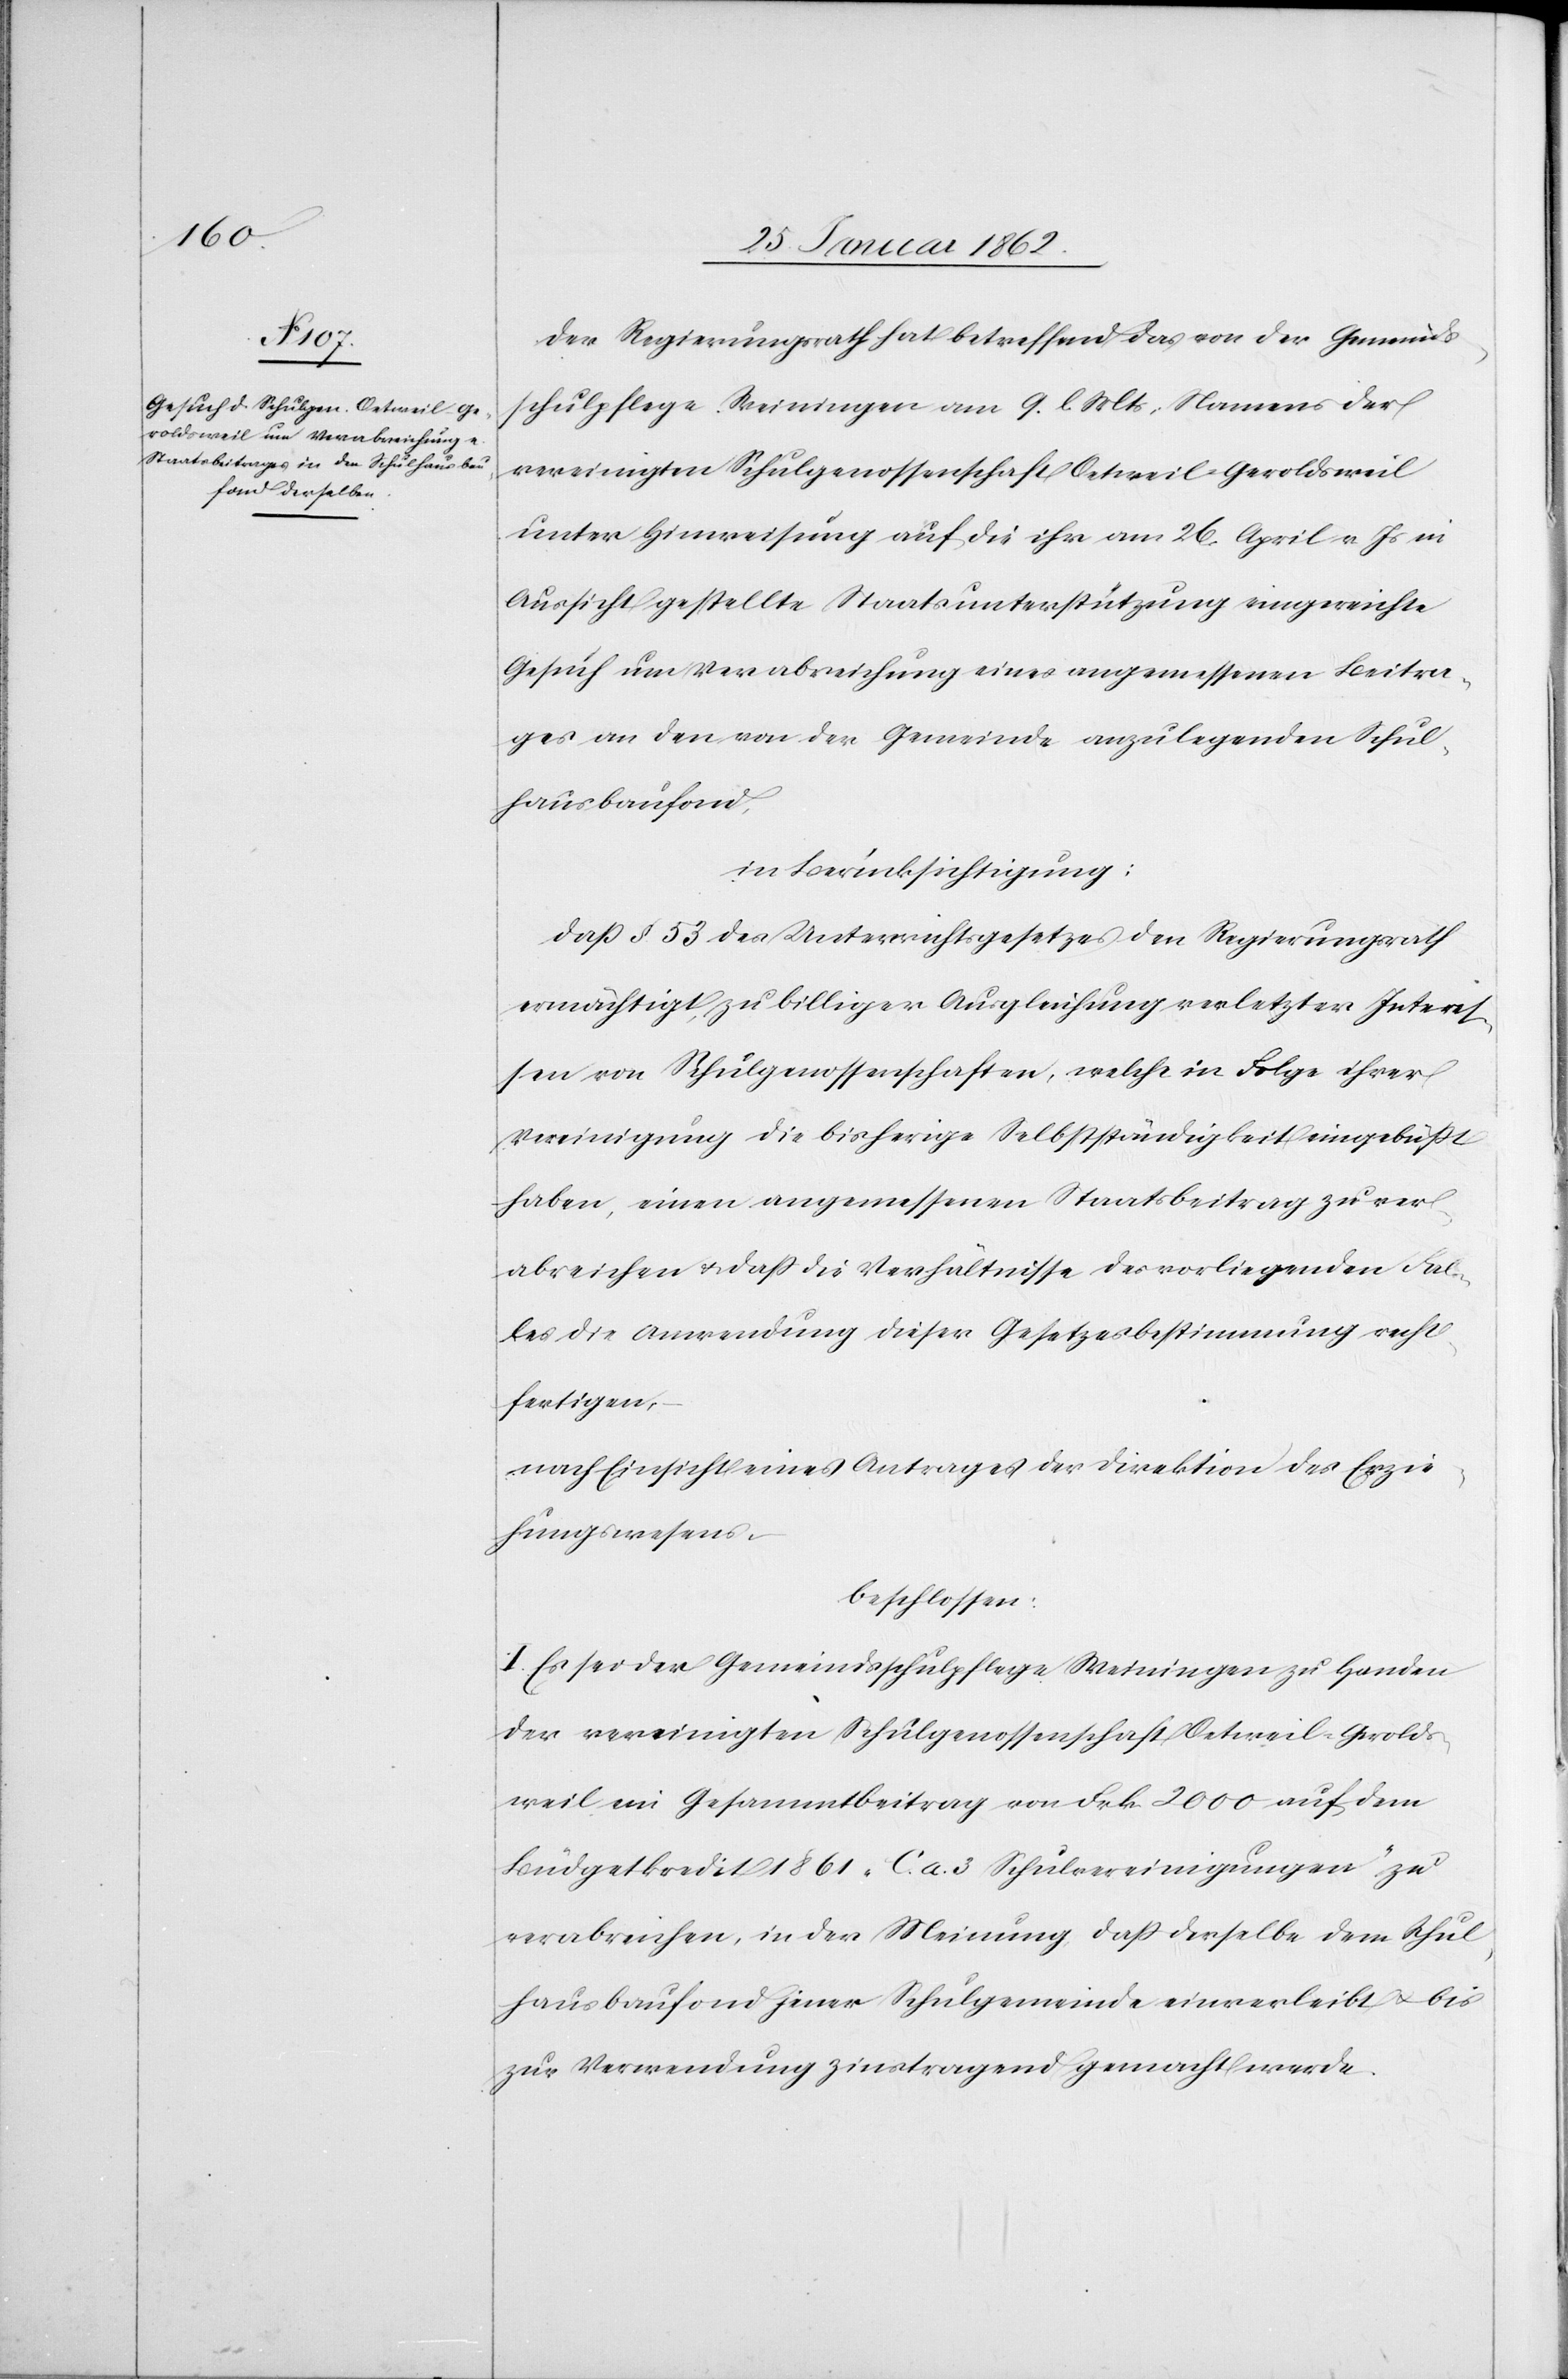
Der Regierungsrath hat betreffend das von der Gemeinds¬
schulpflege Weiningen am 9. l. Mts. Namens der
vereinigten Schulgenossenschaft Oetweil-Geroldsweil
unter Hinweisung auf die ihr am 26. April v Js in
Aussicht gestellte Staatsunterstützung eingereichte
Gesuch um Verabreichung eines angemessenen Beitra¬
ges an den von der Gemeinde anzulegenden Schul¬
hausbaufond,
in Berücksichtigung:
daß § 53 des Unterrichtsgesetzes den Regierungsrath
ermächtigt, zu billiger Ausgleichung verletzter Intere¬
ßen von Schulgenossenschaften, welche in Folge ihrer
Vereinigung die bisherige Selbstständigkeit eingebüßt
haben, einen angemessenen Staatsbeitrag zu ver¬
abreichen u. daß die Verhältnisse des vorliegenden Fal¬
les die Anwendung dieser Gesetzesbestimmung recht¬
fertigen,
nach Einsicht eines Antrages der Direktion des Erzie¬
hungswesens,
beschlossen:
I. Es sei der Gemeindsschulpflege Weiningen zu Handen
der vereinigten Schulgenossenschaft Oetweil-Gerolds¬
weil ein Gesammtbeitrag von Frk. 2000 auf dem
Büdgetkredit 1861 „C. a. 3 Schulvereinigungen“ zu
verabreichen, in der Meinung, daß derselbe dem Schul¬
hausbaufond jener Schulgemeinde einverleibt u. bis
zu Verwendung zinstragend gemacht werde.